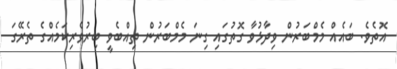
އޮތެވެ. ބައެއް މެމްބަރުން ވިދާޅުވާ ގޮތުގައި ގިނަ މެމްބަރުން ތިއްބެވީ ބިރުވެރިކަމެއްގެ ތެރޭގަ